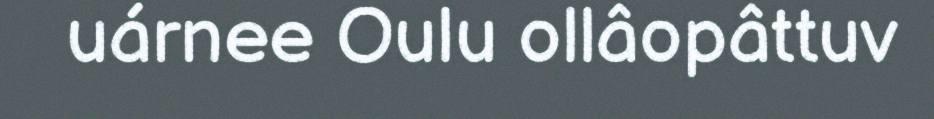
uárnee Oulu ollâopâttuv